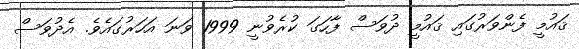
ޤައުމީ ފެންވަރުގައި ޤައުމީ ދުވަސް ފާހަގަ ކުރެވުނީ 1999 ވަނަ އަހަރުގައެވެ. އެދުވަސް